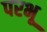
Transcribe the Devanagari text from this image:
परभू